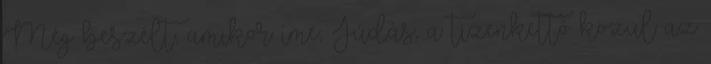
Még beszélt, amikor íme, Júdás, a tizenkettő közül az